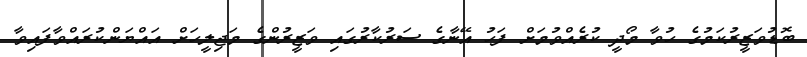
ބޮޑުވަޒީރުކަމުގެ ހުވާ މޯދީ ކުރެއްވުމަށް ފަހު އޭނާގެ ސަރުކާރުގައި ވަޒީރުންގެ މަޖިލީހަށް އައްޔަންކުރައްވާފައިވާ